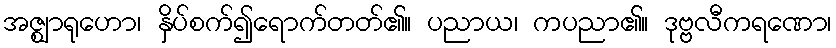
အဇ္ဈာရုဟော၊ နှိပ်စက်၍ရောက်တတ်၏။ ပညာယ၊ ကပညာ၏။ ဒုဗ္ဗလီကရဏော၊